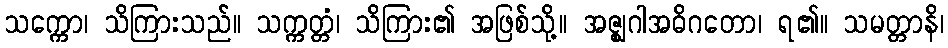
သက္ကော၊ သိကြားသည်။ သက္ကတ္တံ၊ သိကြား၏ အဖြစ်သို့။ အဇ္ဈဂါအဓိဂတော၊ ရ၏။ သမတ္တာနိ၊